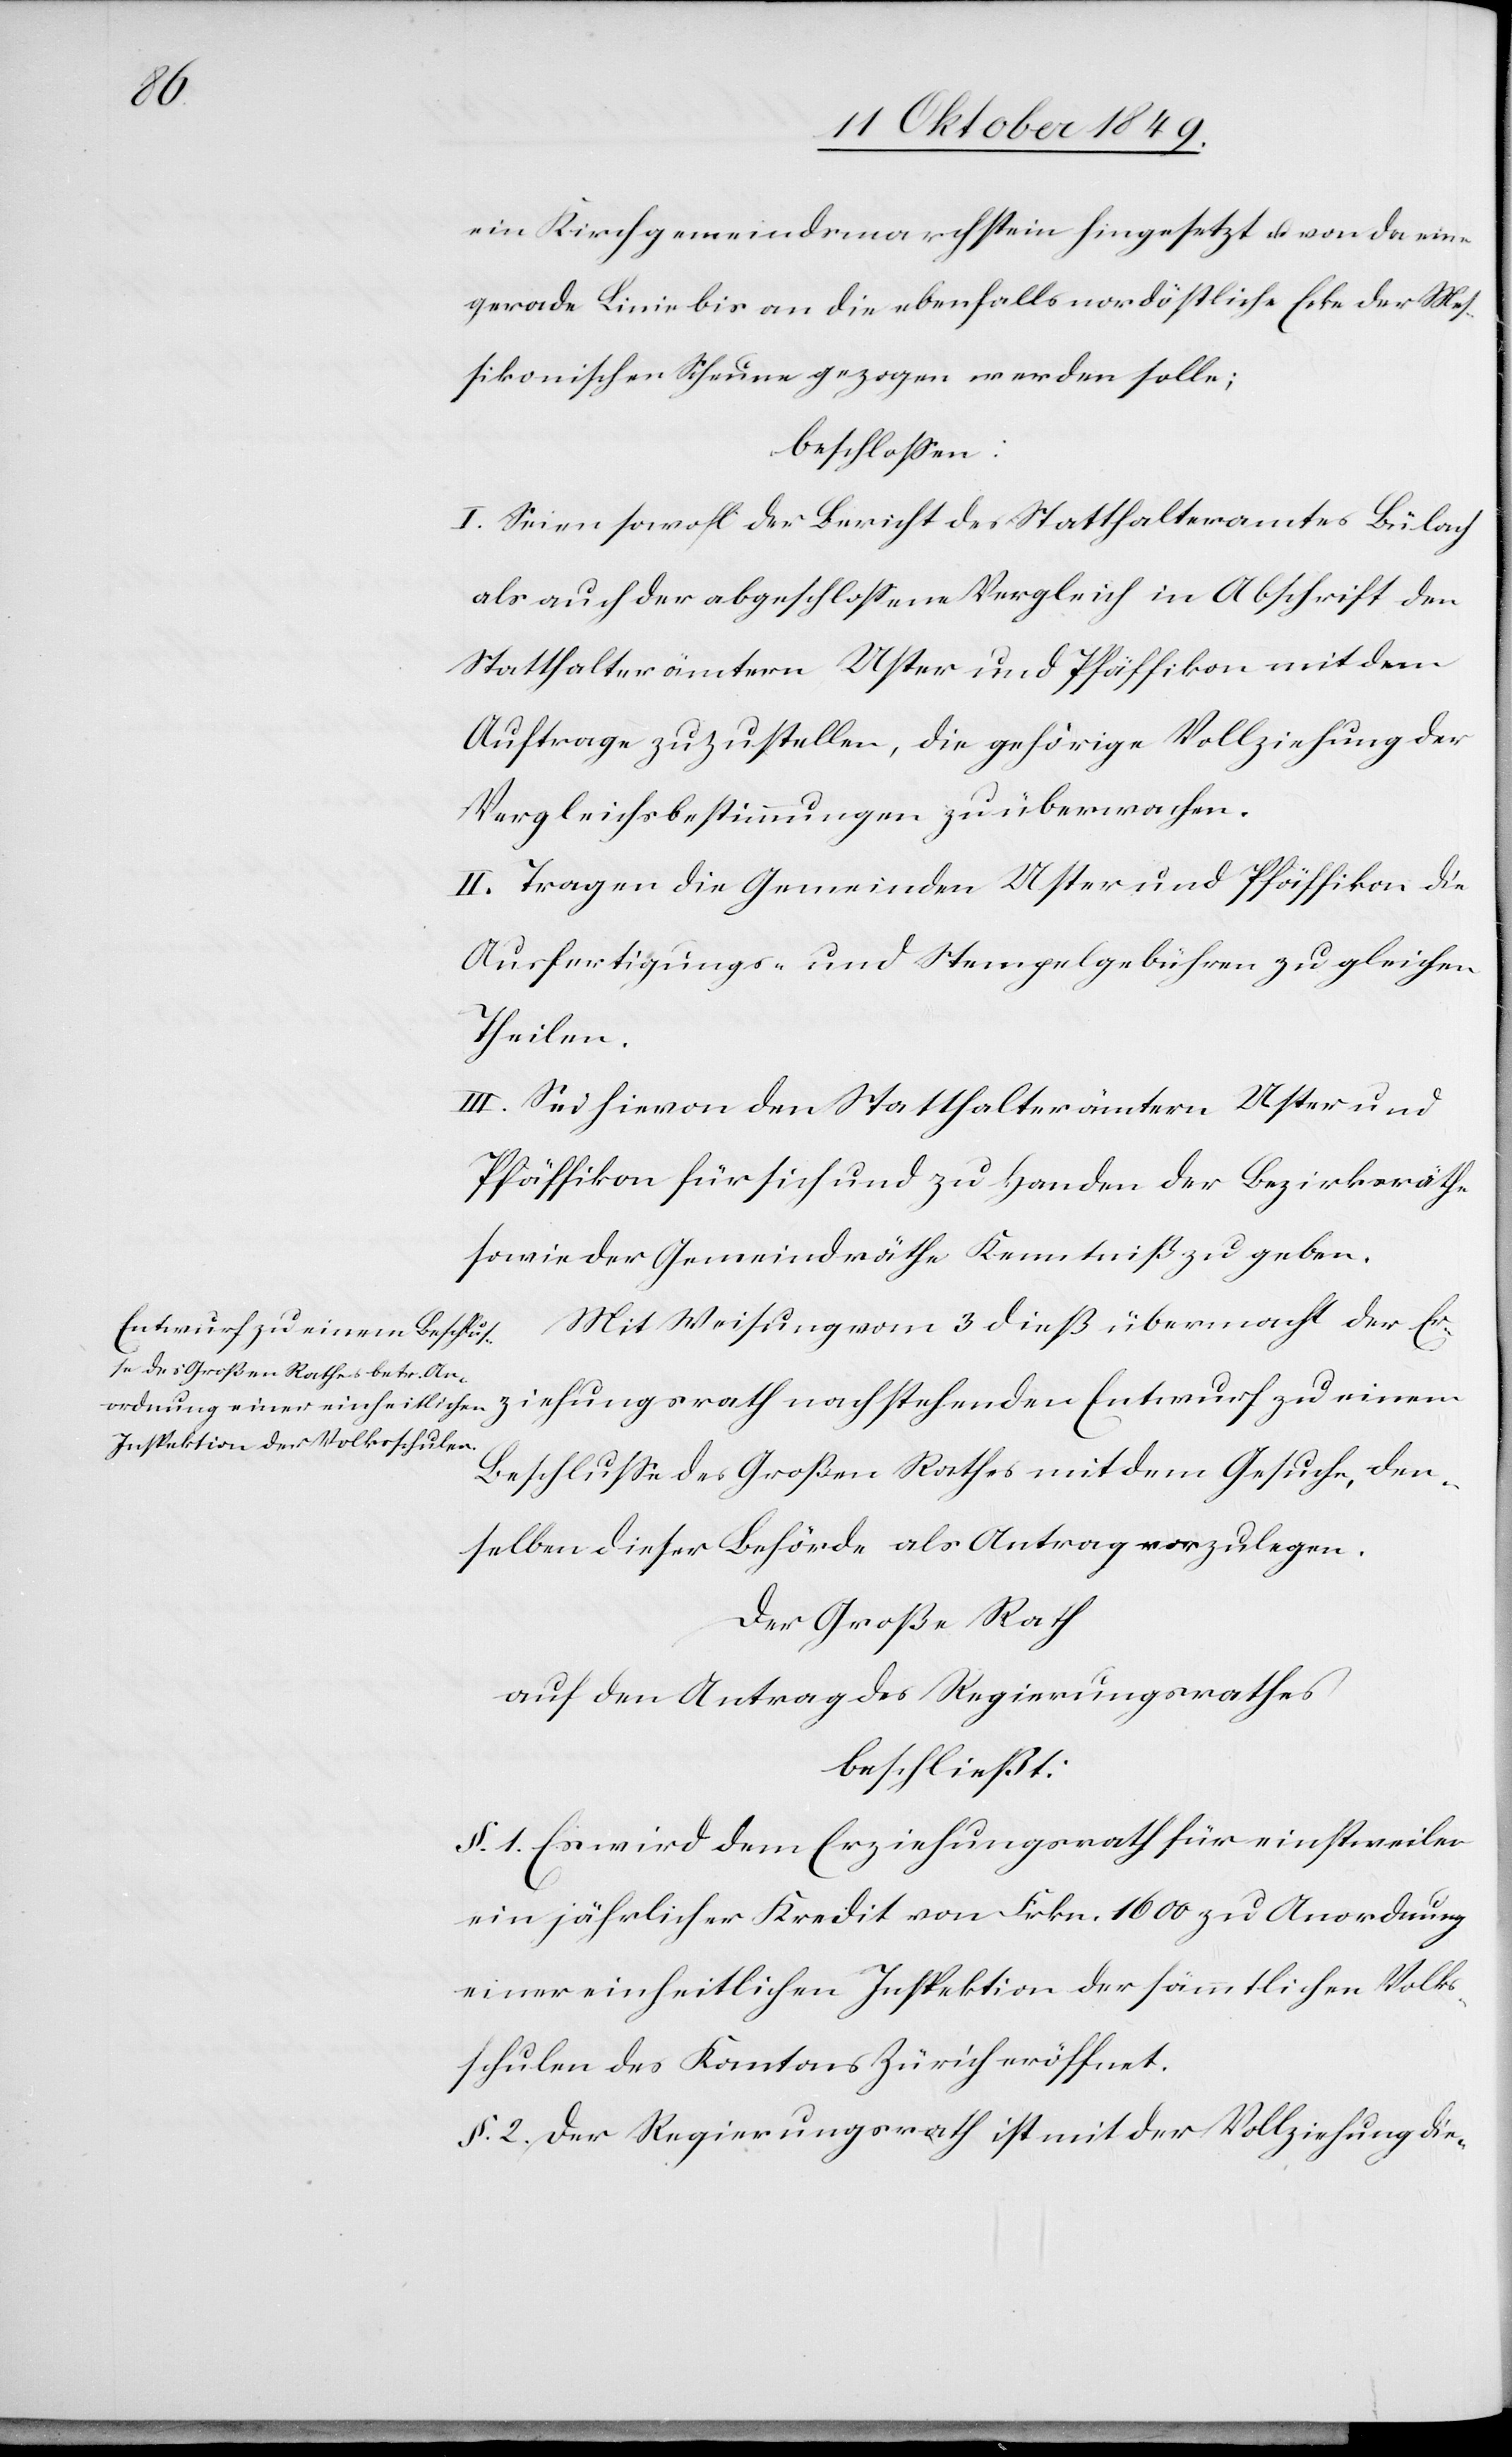
ein Kirchgemeindenmarchstein hingesetzt u. von da eine
gerade Linie bis an die ebenfalls nordöstliche Ecke der Me¬
sikonischen Scheune gezogen werden solle;
beschloßen:
I. Seien sowohl der Bericht des Statthalteramtes Bülach
als auch der abgeschloßene Vergleich in Abschrift den
Statthalterämtern Uster und Pfäffikon mit dem
Auftrag zuzustellen, die gehörige Vollziehung der
Vergleichsbestimmungen zu übermachen.
II. Tragen die Gemeinden Uster und Pfäffikon die
Ausfertigungs- u. Stempelgebühren zu gleichen
Theilen.
III. Sei hievon den Statthalterämtern Uster und
Pfäffikon für sich und zu Handen der Bezirksräthe
sowie der Gemeindräthe Kenntniß zu geben.
Mit Weisung vom 3 dieß übermacht der Er¬
ziehungsrath nachstehenden Entwurf zu einem
Beschluße des Großen Rathes mit dem Gesuche, den¬
selben dieser Behörde als Antrag vorzulegen.
Der Große Rath
auf den Antrag des Regierungsrathes
beschließt:
§ 1. Es wird dem Erziehungsrath für einstweilen
ein jährlicher Kredit von Frkn. 1600 zu Anordnung
einer einheitlichen Inspektion der sämmtlichen Volks¬
schulen des Kantons Zürich eröffnet.
§ 2. Der Regierungsrath ist mit der Vollziehung die-